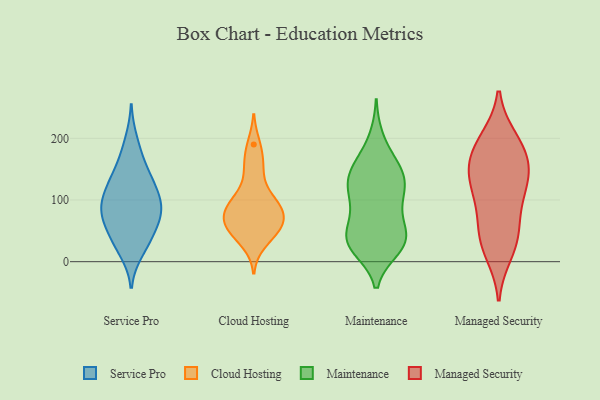
{"axis": {"x": "Demand Index", "y": "Value"}, "legend": ["Cloud Hosting", "Maintenance", "Managed Security", "Service Pro"], "data": [{"x": "", "y": 138, "type": "Service Pro"}, {"x": "", "y": 198, "type": "Service Pro"}, {"x": "", "y": 21, "type": "Service Pro"}, {"x": "", "y": 124, "type": "Service Pro"}, {"x": "", "y": 127, "type": "Service Pro"}, {"x": "", "y": 121, "type": "Service Pro"}, {"x": "", "y": 86, "type": "Service Pro"}, {"x": "", "y": 66, "type": "Service Pro"}, {"x": "", "y": 83, "type": "Service Pro"}, {"x": "", "y": 154, "type": "Service Pro"}, {"x": "", "y": 172, "type": "Service Pro"}, {"x": "", "y": 86, "type": "Service Pro"}, {"x": "", "y": 101, "type": "Service Pro"}, {"x": "", "y": 71, "type": "Service Pro"}, {"x": "", "y": 100, "type": "Service Pro"}, {"x": "", "y": 81, "type": "Service Pro"}, {"x": "", "y": 49, "type": "Service Pro"}, {"x": "", "y": 37, "type": "Service Pro"}, {"x": "", "y": 15, "type": "Service Pro"}, {"x": "", "y": 44, "type": "Service Pro"}, {"x": "", "y": 51, "type": "Cloud Hosting"}, {"x": "", "y": 30, "type": "Cloud Hosting"}, {"x": "", "y": 84, "type": "Cloud Hosting"}, {"x": "", "y": 145, "type": "Cloud Hosting"}, {"x": "", "y": 102, "type": "Cloud Hosting"}, {"x": "", "y": 77, "type": "Cloud Hosting"}, {"x": "", "y": 190, "type": "Cloud Hosting"}, {"x": "", "y": 57, "type": "Cloud Hosting"}, {"x": "", "y": 55, "type": "Cloud Hosting"}, {"x": "", "y": 54, "type": "Cloud Hosting"}, {"x": "", "y": 85, "type": "Cloud Hosting"}, {"x": "", "y": 108, "type": "Cloud Hosting"}, {"x": "", "y": 80, "type": "Cloud Hosting"}, {"x": "", "y": 164, "type": "Cloud Hosting"}, {"x": "", "y": 47, "type": "Maintenance"}, {"x": "", "y": 121, "type": "Maintenance"}, {"x": "", "y": 132, "type": "Maintenance"}, {"x": "", "y": 39, "type": "Maintenance"}, {"x": "", "y": 22, "type": "Maintenance"}, {"x": "", "y": 148, "type": "Maintenance"}, {"x": "", "y": 122, "type": "Maintenance"}, {"x": "", "y": 84, "type": "Maintenance"}, {"x": "", "y": 165, "type": "Maintenance"}, {"x": "", "y": 35, "type": "Maintenance"}, {"x": "", "y": 120, "type": "Maintenance"}, {"x": "", "y": 94, "type": "Maintenance"}, {"x": "", "y": 199, "type": "Maintenance"}, {"x": "", "y": 37, "type": "Maintenance"}, {"x": "", "y": 27, "type": "Maintenance"}, {"x": "", "y": 33, "type": "Maintenance"}, {"x": "", "y": 139, "type": "Maintenance"}, {"x": "", "y": 81, "type": "Maintenance"}, {"x": "", "y": 153, "type": "Maintenance"}, {"x": "", "y": 29, "type": "Maintenance"}, {"x": "", "y": 149, "type": "Managed Security"}, {"x": "", "y": 31, "type": "Managed Security"}, {"x": "", "y": 14, "type": "Managed Security"}, {"x": "", "y": 176, "type": "Managed Security"}, {"x": "", "y": 62, "type": "Managed Security"}, {"x": "", "y": 140, "type": "Managed Security"}, {"x": "", "y": 118, "type": "Managed Security"}, {"x": "", "y": 66, "type": "Managed Security"}, {"x": "", "y": 174, "type": "Managed Security"}, {"x": "", "y": 31, "type": "Managed Security"}, {"x": "", "y": 120, "type": "Managed Security"}, {"x": "", "y": 156, "type": "Managed Security"}, {"x": "", "y": 199, "type": "Managed Security"}, {"x": "", "y": 199, "type": "Managed Security"}, {"x": "", "y": 108, "type": "Managed Security"}]}